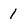
Character: 1